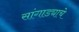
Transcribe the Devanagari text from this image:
सांगाड्याचे